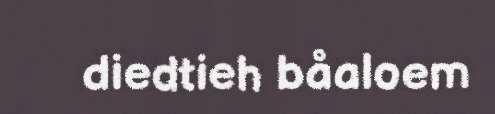
diedtieh båaloem